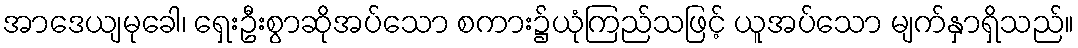
အာဒေယျမုခေါ၊ ရှေးဦးစွာဆိုအပ်သော စကား၌ယုံကြည်သဖြင့် ယူအပ်သော မျက်နှာရှိသည်။